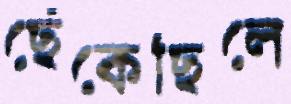
ছেঁকেছিলে